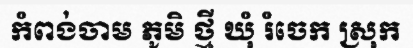
កំពង់ចាម ភូមិ ថ្មី ឃុំ រំចេក ស្រុក